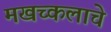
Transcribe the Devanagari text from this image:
मखच्कलाचे